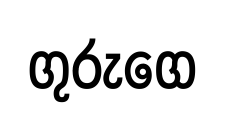
ගුරුගෙ